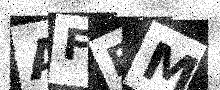
Text: AFBM